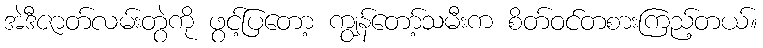
အဲဒီဇာတ်လမ်းတွဲကို ဖွင့်ပြတော့ ကျွန်တော့်သမီးက စိတ်ဝင်တစားကြည့်တယ်။